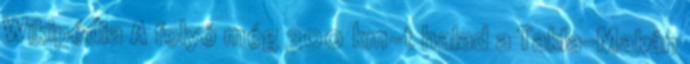
Wikipédia A folyó még 300 km-t halad a Takla-Makán